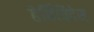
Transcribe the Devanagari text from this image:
हेर्बिचिदेस्